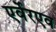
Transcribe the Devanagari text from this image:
एर्वेरएव